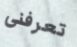
تعرفنى